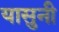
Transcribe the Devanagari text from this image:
यासुनी